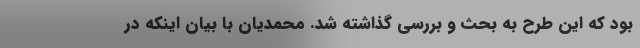
بود که این طرح به بحث و بررسی گذاشته شد. محمدیان با بیان اینکه در